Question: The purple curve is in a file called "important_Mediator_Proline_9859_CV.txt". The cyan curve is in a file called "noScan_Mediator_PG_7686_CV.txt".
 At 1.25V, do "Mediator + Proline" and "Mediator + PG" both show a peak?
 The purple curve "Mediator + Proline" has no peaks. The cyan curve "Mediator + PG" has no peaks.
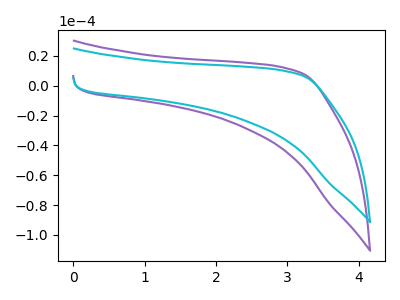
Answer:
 <answer>No, "Mediator + Proline" and "Mediator + PG" dont share a peak at 1.25V.</answer>
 <eval>mismatch</eval>